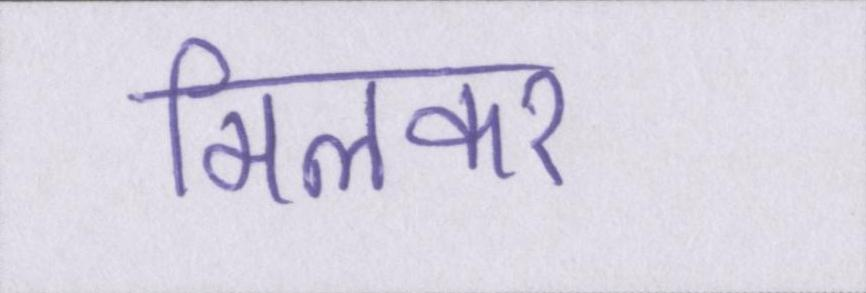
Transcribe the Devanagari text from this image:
मिलकर